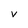
Character: v